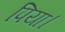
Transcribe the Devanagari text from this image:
पिया।